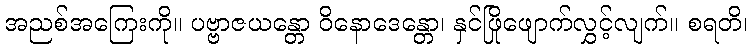
အညစ်အကြေးကို။ ပဗ္ဗာဇယန္တော ဝိနောဒေန္တော၊ နှင်ဖြိုဖျောက်လွှင့်လျက်။ စရတိ၊